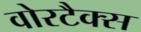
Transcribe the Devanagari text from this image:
वोरटैक्स